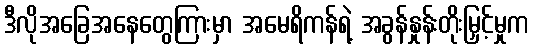
ဒီလိုအခြေအနေတွေကြားမှာ အမေရိကန်ရဲ့ အခွန်နှုန်းတိုးမြှင့်မှုက